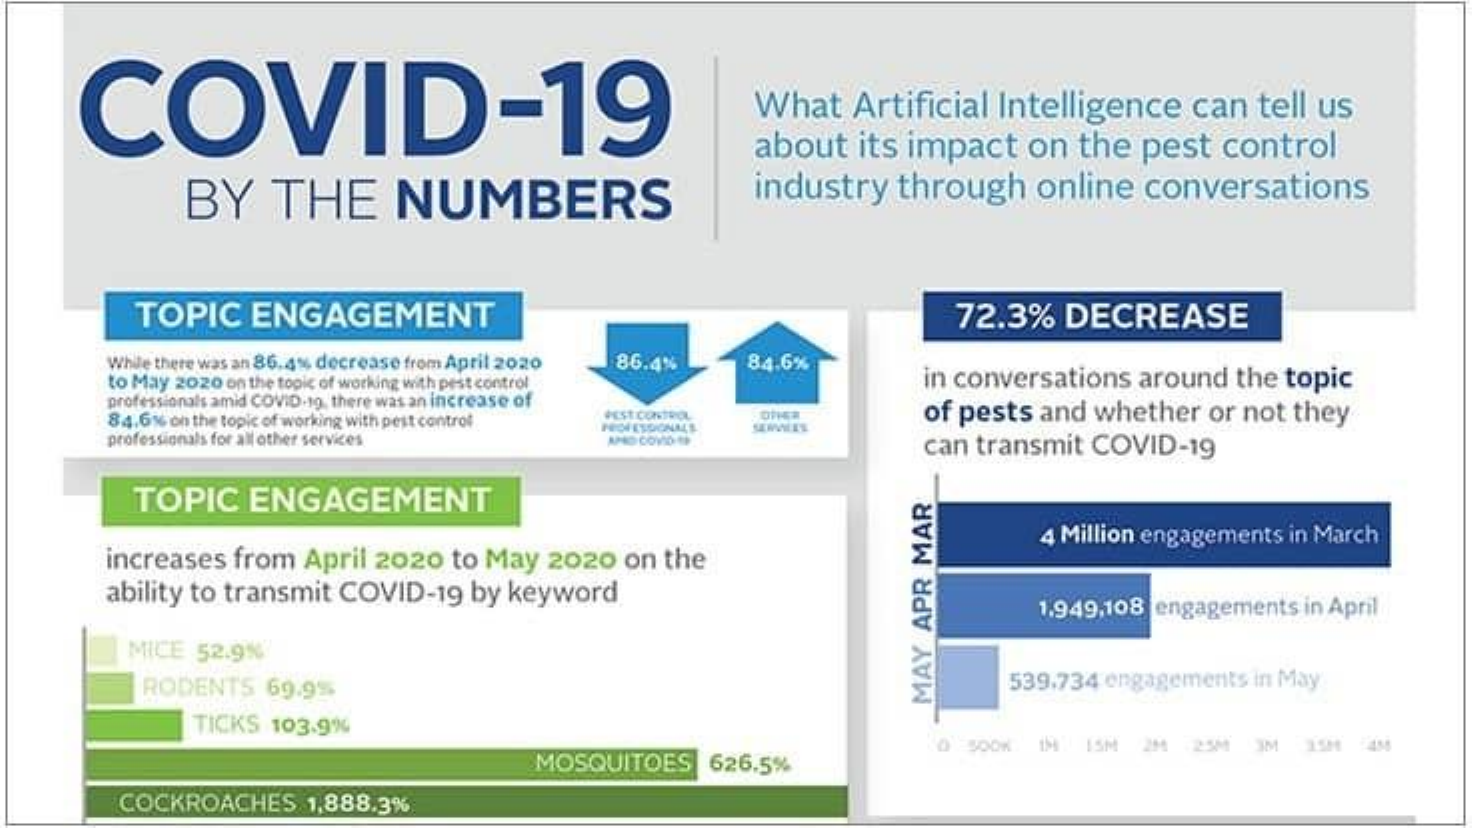
COVID-19    What Artificial Intelligence can tell us
     about its impact on the pest control
     BY   THE    NUMBERS    industry through online conversations
     TOPIC  ENGAGEMENT    72.3% DECREASE
     While there was an 86.4% decrease from April 2020 86.4% 84.6%
     to May 2020 on the topic of working with pest control in conversations around the topic
     professionals amid COVID-19. there was an increase of
     84.6% on the topic of working with pest control of pests and whether or not they
     professionals for all other services
     PROFESSIONALE
     can transmit COVID-19
     TOPIC  ENGAGEMENT
     increases from April 2020 to May 2020 on the
     4 Million engagements in March
     ability to transmit COVID-19 by keyword
     1.949,108 engagements in April
     MICE 52.9%
     RODENTS 69.9%    539.734 engagements in May MAY
     APR
     MAR
     TICKS 103.9%
     MOSQUITOES 626.5%
     O SOOK IM ISM 2M 25M 3M ISM 4M
     COCKROACHES 1,888.3%